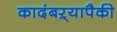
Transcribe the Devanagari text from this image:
कादंबऱ्यापैकी